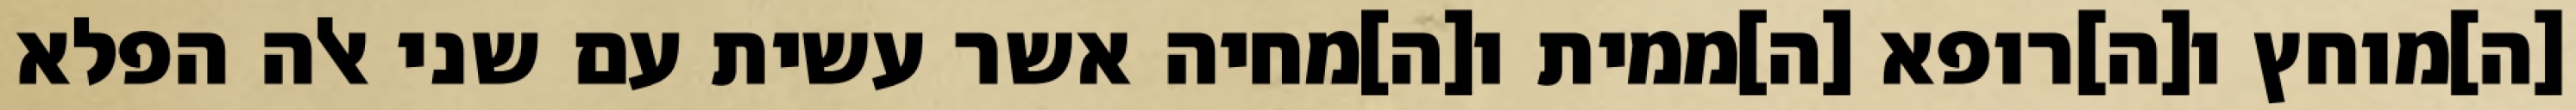
[ה]מוחץ ו[ה]רופא [ה]ממית ו[ה]מחיה אשר עשית עם שני אלה הפלא